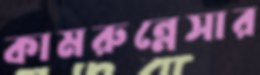
কামরুন্নেসার